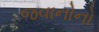
જવાનોનો